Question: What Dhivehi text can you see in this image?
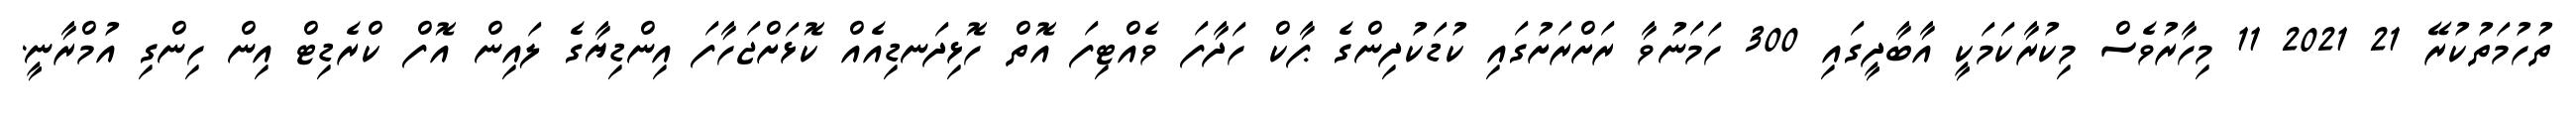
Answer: ތުހުމަތުކުރޭ 21 2021 11 މިހާރުވެސް މިކުރާކަމަކީ އާބާދީގައި 300 ހަމަނުވާ ރަށްރަށުގައި ކުޑަކުދިންގެ ޕާކް ހަދާފަ ވެއްޓިފަ އޮތް ހޮޅިދަނޑިއެއް ކޮޅަށްޖަހާފަ އިންޑިޔާގެ ލައިން އޮފް ކްރެޑިޓް އިން ހިންގި އުމްރާނީ.